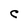
Character: C